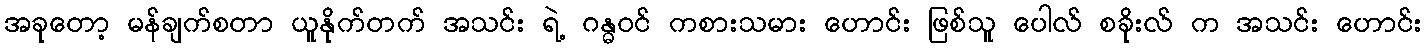
အခုတော့ မန်ချက်စတာ ယူနိုက်တက် အသင်း ရဲ့ ဂန္ဓဝင် ကစားသမား ဟောင်း ဖြစ်သူ ပေါလ် စခိုးလ် က အသင်း ဟောင်း